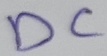
Text: DC